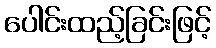
ပေါင်းထည့်ခြင်းဖြင့်